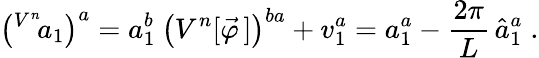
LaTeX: \left(^{V^{n}}{\! a}_{1}\right)^{a}=a_{1}^{b}\: \left(V^{n}[\vec{\varphi}\, ]\right)^{ba}+v_{1}^{a}=a_{1}^{a}-\frac{2\pi}{L}\, \hat{a}_{1}^{a}\; .